38_143685_box7_Incident_Summaries_1-100
Agency: Department of War
Page 42
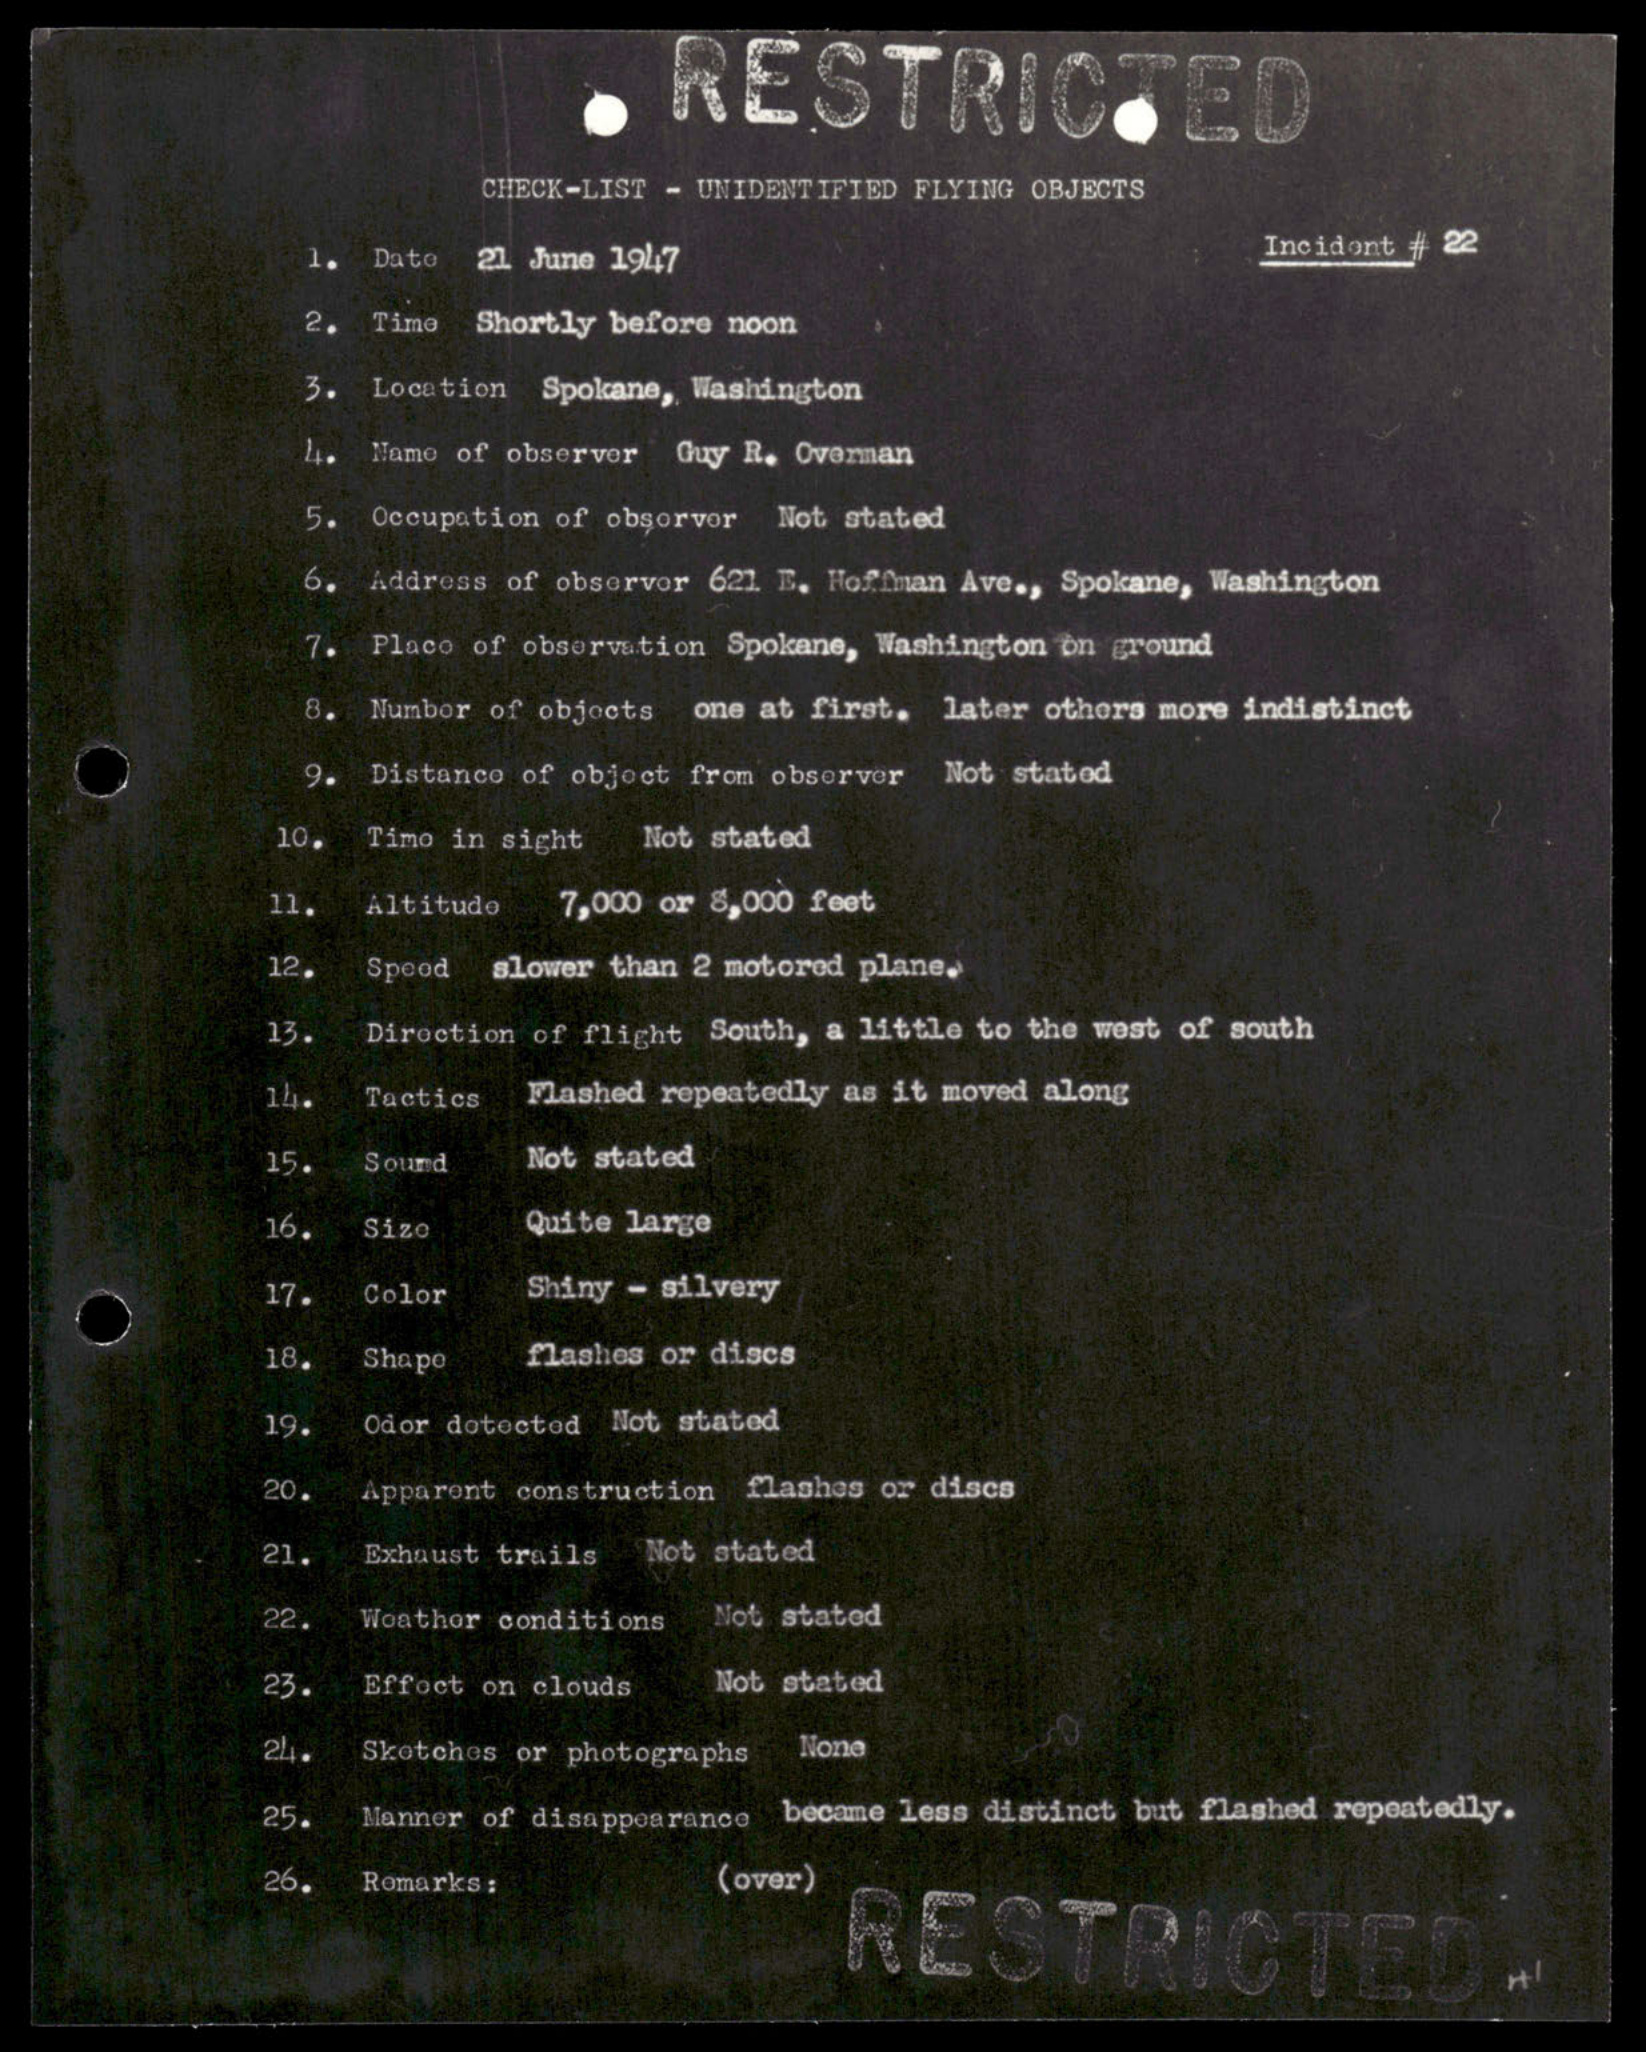